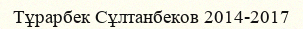
Тұрарбек Сұлтанбеков 2014-2017